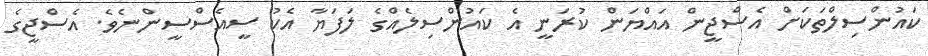
ކައުންސިލްތަކަށް އެސްޖީން އައްޔަން ކުރަނީ އެ ކައުންސިލެއްގެ ލަފަޔާ އެކު ސީއެސްސީންނެވެ. އެސްޖީގެ